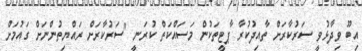
އިބޫ ވިދާޅުވީ ސަރުކާރަށް ތާއިދުކުރާ ޕާޓީތަކުން މަސައްކަތް ކުރަނީ "ސަރުކާރަށް ރައްޔިތުންނަށް ގައުމަށް